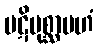
ပဋိပုစ္ဆာမဟံ